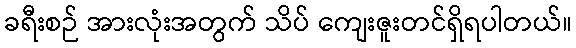
ခရီးစဉ် အားလုံးအတွက် သိပ် ကျေးဇူးတင်ရှိရပါတယ်။